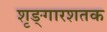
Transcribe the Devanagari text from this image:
शृङ्गारशतक